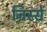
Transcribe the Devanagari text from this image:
निस्से